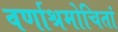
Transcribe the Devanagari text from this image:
वर्णाश्रमोचितां